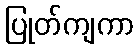
ပြုတ်ကျကာ